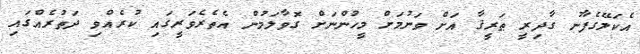
އެކަލޭގެފާނު ގާދިރީ ޠަރީޤާ އަށް ވަނުމަށް މީހުންނަށް ގޮވާލަމުން އެތެރެވަރީގައި ކުރެއްވި ދަތުރެއްގައި